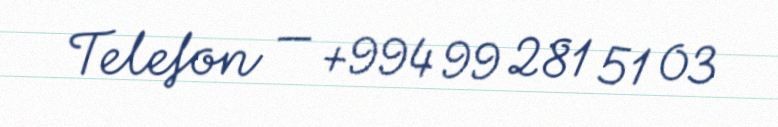
Telefon — +994 99 281 51 03